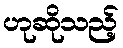
ဟုဆိုသည့်